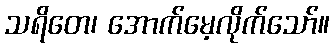
သရိတေ၊ အောက်မေ့လိုက်သော်။